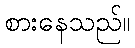
စားနေသည်။